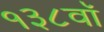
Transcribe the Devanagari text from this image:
१३८वॉ